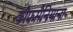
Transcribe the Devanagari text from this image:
कौफमैनियाना